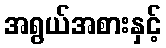
အရွယ်အစားနှင့်